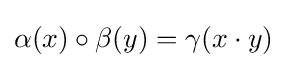
\alpha (x)\circ \beta (y)=\gamma (x\cdot y)